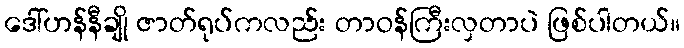
ဒေါ်ဟန်နီချို ဇာတ်ရုပ်ကလည်း တာဝန်ကြီးလှတာပဲ ဖြစ်ပါတယ်။